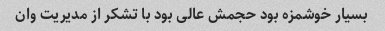
بسیار خوشمزه بود حجمش عالی بود با تشکر از مدیریت وان